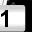
Digit: 1